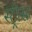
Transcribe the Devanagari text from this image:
स्ट्रीसा